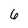
Character: 6